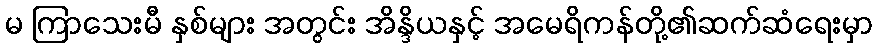
မ ကြာသေးမီ နှစ်များ အတွင်း အိန္ဒိယနှင့် အမေရိကန်တို့၏ဆက်ဆံရေးမှာ